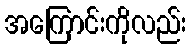
အကြောင်းကိုလည်း